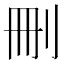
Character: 刪